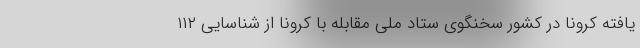
یافته کرونا در کشور سخنگوی ستاد ملی مقابله با کرونا از شناسایی ۱۱۲